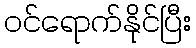
ဝင်ရောက်နိုင်ပြီး